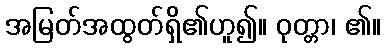
အမြတ်အထွတ်ရှိ၏ဟူ၍။ ဝုတ္တာ၊ ၏။